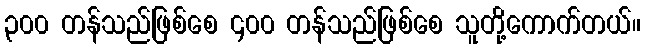
၃၀၀ တန်သည်ဖြစ်စေ ၄၀၀ တန်သည်ဖြစ်စေ သူတို့ကောက်တယ်။